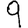
Digit: 9